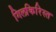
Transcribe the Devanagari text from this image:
गिलकिरिस्त